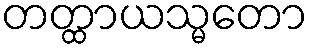
တတ္ထာယသ္မတော